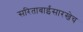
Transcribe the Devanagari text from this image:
सरिताबाईंसारखेच